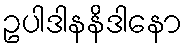
ဥပါဒါနနိဒါနော